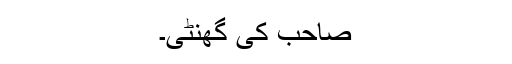
صاحب کی گھنٹی۔